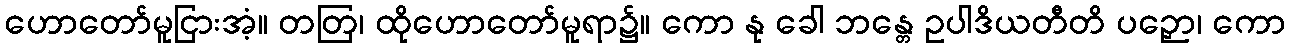
ဟောတော်မူငြားအံ့။ တတြ၊ ထိုဟောတော်မူရာ၌။ ကော နု ခေါ ဘန္တေ ဥပါဒိယတီတိ ပဉှော၊ ကော